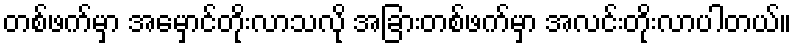
တစ်ဖက်မှာ အမှောင်တိုးလာသလို အခြားတစ်ဖက်မှာ အလင်းတိုးလာပါတယ်။